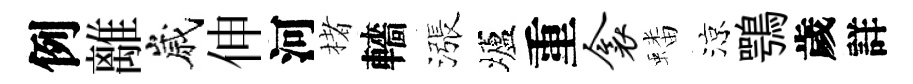
例離嵗伸河楮轖漲壚重衾蟠涼鶚歲詳